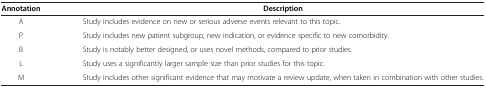
<table><thead><tr><td><b>Annotation</b></td><td><b>Description</b></td></tr></thead><tbody><tr><td>A</td><td>Study includes evidence on new or serious adverse events relevant to this topic.</td></tr><tr><td>P</td><td>Study includes new patient subgroup, new indication, or evidence specific to new comorbidity.</td></tr><tr><td>B</td><td>Study is notably better designed, or uses novel methods, compared to prior studies.</td></tr><tr><td>L</td><td>Study uses a significantly larger sample size than prior studies for this topic.</td></tr><tr><td>M</td><td>Study includes other significant evidence that may motivate a review update, when taken in combination with other studies.</td></tr></tbody></table>